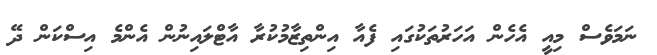
ނަމަވެސް މިއީ އެހެން އަހަރުތަކުގައި ފެއާ އިންތިޒާމުކުރާ އާޓްލައިނުން އެންމެ އިސްކަން ދޭ